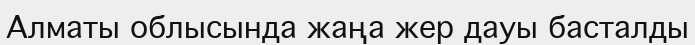
Алматы облысында жаңа жер дауы басталды